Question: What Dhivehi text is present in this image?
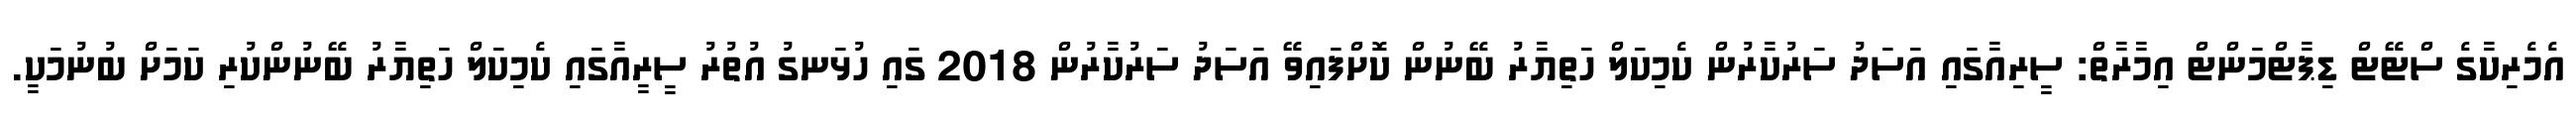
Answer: އެމެރިކާގެ ސްޓޭޓް ޑިޕާޓްމަންޓް އިމާރާތް: ސީރިއާގައި އަސަދު ސަރުކާރުން ކެމިކަލް ހަތިޔާރު ބޭނުން ކޮށްފައިވޭ އަސަދު ސަރުކާރުން 2018 ގައި ހުޅަނގު އުތުރު ސީރީއާގައި ކެމިކަލް ހަތިޔާރު ބޭނުންކުރި ކަމަށް ބުނުމަކީ.